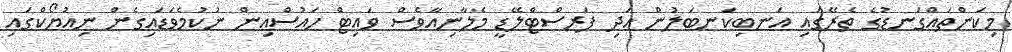
މިކަންތައްގަނޑުގެ ތެރޭގައި އަނބިކަނބަލުން އަދި ފަރސްޓްލޭޑީ މެލާނިއާވެސް ވައިޓް ހައުސްއިން ނުކުމެވަޑައިގެން ނިއުޔޯކްގައި